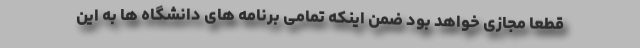
قطعا مجازی خواهد بود ضمن اینکه تمامی برنامه های دانشگاه ها به این